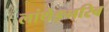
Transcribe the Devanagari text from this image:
लांथेङ्नरिब